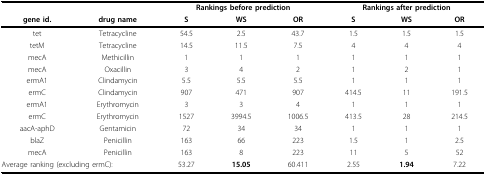
<table><thead><tr><td></td><td></td><td colspan="3"><b>Rankings before prediction</b></td><td colspan="3"><b>Rankings after prediction</b></td></tr><tr><td><b>gene id.</b></td><td><b>drug name</b></td><td><b>S</b></td><td><b>WS</b></td><td><b>OR</b></td><td><b>S</b></td><td><b>WS</b></td><td><b>OR</b></td></tr></thead><tbody><tr><td>tet</td><td>Tetracycline</td><td>54.5</td><td>2.5</td><td>43.7</td><td>1.5</td><td>1.5</td><td>1.5</td></tr><tr><td>tetM</td><td>Tetracycline</td><td>14.5</td><td>11.5</td><td>7.5</td><td>4</td><td>4</td><td>4</td></tr><tr><td>mecA</td><td>Methicillin</td><td>1</td><td>1</td><td>1</td><td>1</td><td>1</td><td>1</td></tr><tr><td>mecA</td><td>Oxacillin</td><td>3</td><td>4</td><td>2</td><td>1</td><td>2</td><td>1</td></tr><tr><td>ermA1</td><td>Clindamycin</td><td>5.5</td><td>5.5</td><td>5.5</td><td>1</td><td>1</td><td>1</td></tr><tr><td>ermC</td><td>Clindamycin</td><td>907</td><td>471</td><td>907</td><td>414.5</td><td>11</td><td>191.5</td></tr><tr><td>ermA1</td><td>Erythromycin</td><td>3</td><td>3</td><td>4</td><td>1</td><td>1</td><td>1</td></tr><tr><td>ermC</td><td>Erythromycin</td><td>1527</td><td>3994.5</td><td>1006.5</td><td>413.5</td><td>28</td><td>214.5</td></tr><tr><td>aacA-aphD</td><td>Gentamicin</td><td>72</td><td>34</td><td>34</td><td>1</td><td>1</td><td>1</td></tr><tr><td>blaZ</td><td>Penicillin</td><td>163</td><td>66</td><td>223</td><td>1.5</td><td>1</td><td>2.5</td></tr><tr><td>mecA</td><td>Penicillin</td><td>163</td><td>8</td><td>223</td><td>11</td><td>5</td><td>52</td></tr><tr><td colspan="2">Average ranking (excluding ermC):</td><td>53.27</td><td><b>15.05</b></td><td>60.411</td><td>2.55</td><td><b>1.94</b></td><td>7.22</td></tr></tbody></table>